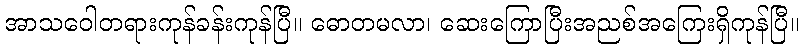
အာသဝေါတရားကုန်ခန်းကုန်ပြီ။ ဓောတမလာ၊ ဆေးကြောပြီးအညစ်အကြေးရှိကုန်ပြီ။